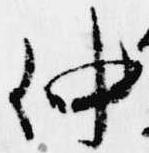
仲